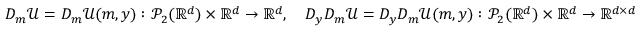
\begin{array} { r } { D _ { m } \mathcal { U } = D _ { m } \mathcal { U } ( m , y ) : \mathcal { P } _ { 2 } ( { \mathbb R } ^ { d } ) \times { \mathbb R } ^ { d } \to { \mathbb R } ^ { d } , \quad D _ { y } D _ { m } \mathcal { U } = D _ { y } D _ { m } \mathcal { U } ( m , y ) : \mathcal { P } _ { 2 } ( { \mathbb R } ^ { d } ) \times { \mathbb R } ^ { d } \to { \mathbb R } ^ { d \times d } } \end{array}